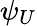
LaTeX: \psi_{U}